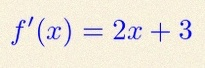
f'(x)=2x+3